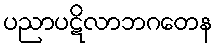
ပညာပဋိလာဘဂတေန